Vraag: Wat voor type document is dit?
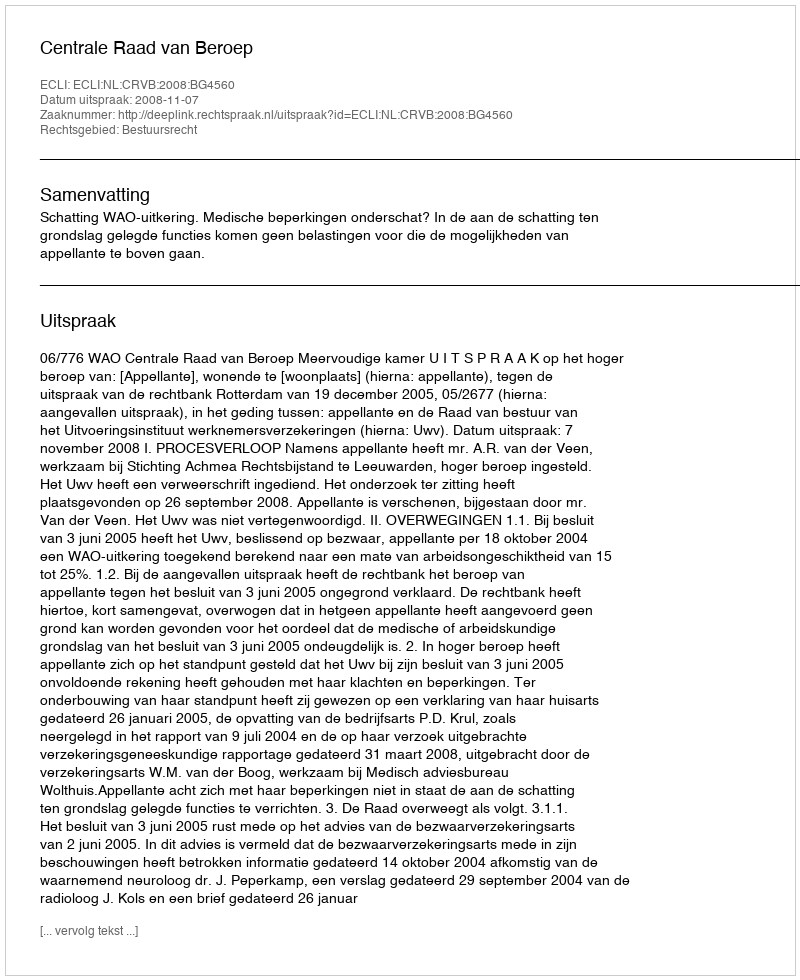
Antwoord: Uitspraak